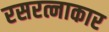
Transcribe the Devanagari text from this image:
रसरत्नाकार